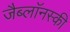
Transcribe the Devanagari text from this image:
जैब्लाॅनस्की